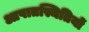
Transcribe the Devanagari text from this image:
आपातस्थितियों